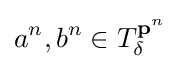
a^{n},b^{n}\in T_{\delta }^{\mathbf {p} ^{n}}